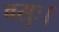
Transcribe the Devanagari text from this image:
वसुः।